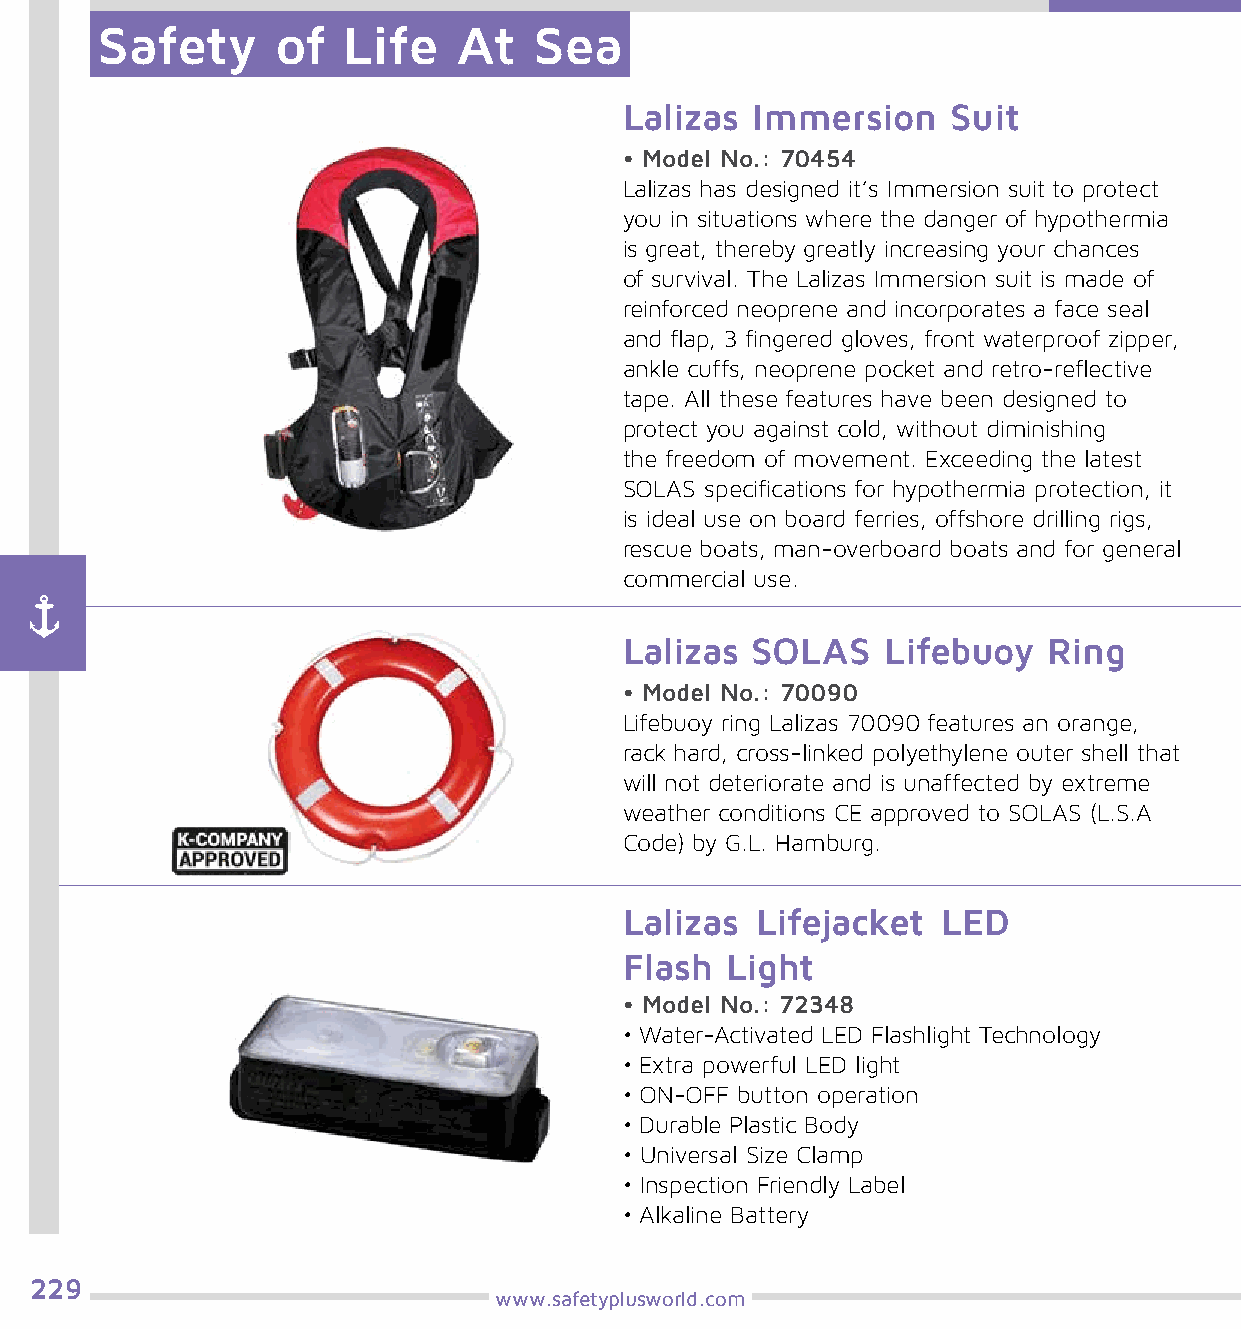
Safety      of   Life   At   Sea
 Lalizas  Immersion    Suit
 • Model No.: 70454
 Lalizas has designed it’s Immersion suit to protect
 you in situations where the danger of hypothermia
 is great, thereby greatly increasing your chances
 of survival. The Lalizas Immersion suit is made of
 reinforced neoprene and incorporates a face seal
 and flap, 3 fingered gloves, front waterproof zipper,
 ankle cuffs, neoprene pocket and retro-reflective
 tape. All these features have been designed to
 protect you against cold, without diminishing
 the freedom of movement. Exceeding the latest
 SOLAS specifications for hypothermia protection, it
 is ideal use on board ferries, offshore drilling rigs,
 rescue boats, man-overboard boats and for general
 commercial use.
 Lalizas  SOLAS   Lifebuoy   Ring
 • Model No.: 70090
 Lifebuoy ring Lalizas 70090 features an orange,
 rack hard, cross-linked polyethylene outer shell that
 will not deteriorate and is unaffected by extreme
 weather conditions CE approved to SOLAS (L.S.A
 Code) by G.L. Hamburg.
 Lalizas  Lifejacket  LED
 Flash  Light
 • Model No.: 72348
 • Water-Activated LED Flashlight Technology
 • Extra powerful LED light
 • ON-OFF button operation
 • Durable Plastic Body
 • Universal Size Clamp
 • Inspection Friendly Label
 • Alkaline Battery
 229
 www.safetyplusworld.com